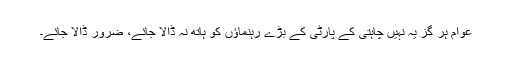
عوام ہر گز یہ نہیں چاہتی کے پارٹی کے بڑے رہنماؤں کو ہاتھ نہ ڈالا جائے، ضرور ڈالا جائے۔